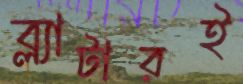
ব্ল্যাটারই